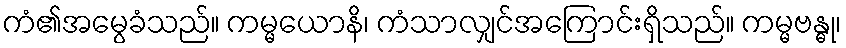
ကံ၏အမွေခံသည်။ ကမ္မယောနိ၊ ကံသာလျှင်အကြောင်းရှိသည်။ ကမ္မဗန္ဓု၊